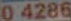
04286